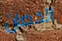
الحصان